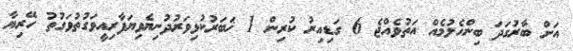
އަށް ބާރުގަދަ ބިންހެލުމެއް އަތުވެއްޖެ 6 ގަޑިއިރު ކުރިން 1 ޚަބަރުކުޅިވަރުދުނިޔެވިޔަފާރިއީވަގުތުވަގުތު ހޭރިޔާ